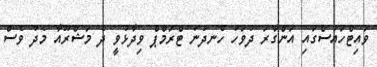
ވައިޓްހައުސްގައި އަންގާރަ ދުވަހު ހެނދުނު ޓްރަމްޕް ވިދާޅުވީ ދެ މަޝްރޫއާ މެދު ވެސް